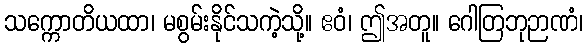
သက္ကောတိယထာ၊ မစွမ်းနိုင်သကဲ့သို့။ ဧဝံ၊ ဤအတူ။ ဂေါတြဘုဉာဏံ၊